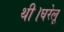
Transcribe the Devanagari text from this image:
थी।घरेलू